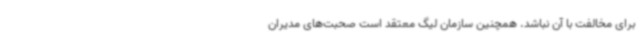
برای مخالفت با آن نباشد. همچنین سازمان لیگ معتقد است صحبت‌های مدیران